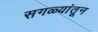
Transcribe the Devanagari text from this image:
सगळ्यांतून